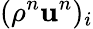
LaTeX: (\rho^{n}\mathbf u^{n})_{i}